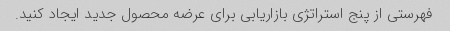
فهرستی از پنج استراتژی بازاریابی برای عرضه محصول جدید ایجاد کنید.